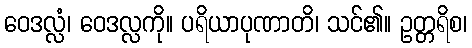
ဝေဒလ္လံ၊ ဝေဒလ္လကို။ ပရိယာပုဏာတိ၊ သင်၏။ ဥတ္တရိစ၊